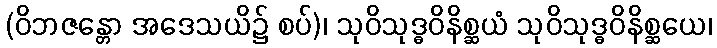
(ဝိဘဇန္တော အဒေသယိ၌ စပ်)၊ သုဝိသုဒ္ဓဝိနိစ္ဆယံ သုဝိသုဒ္ဓဝိနိစ္ဆယေ၊